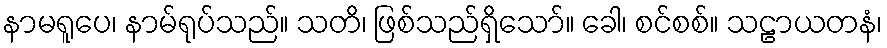
နာမရူပေ၊ နာမ်ရုပ်သည်။ သတိ၊ ဖြစ်သည်ရှိသော်။ ခေါ၊ စင်စစ်။ သဠာယတနံ၊